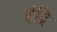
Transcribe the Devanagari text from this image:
इंद्रि